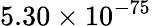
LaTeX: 5.30\times 10^{-75}